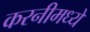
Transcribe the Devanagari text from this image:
करनीमध्ये